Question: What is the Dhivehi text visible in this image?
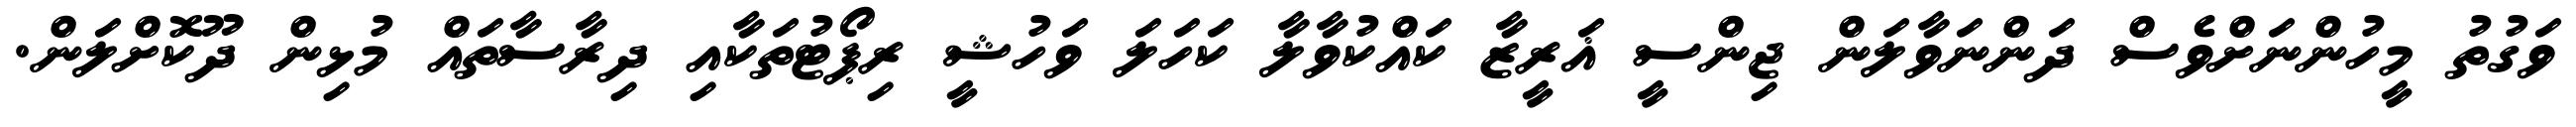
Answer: ވަގުތު މީހުންނަށްވެސް ދަންނަވާލަން ޖިންސީ ޣަރީޒާ ކައްކުވާލާ ކަހަލަ ވަހުޝީ ރިޕޯޓުތަކާއި ދިރާސާތައް މުޅިން ދޫކޮށްލަން.